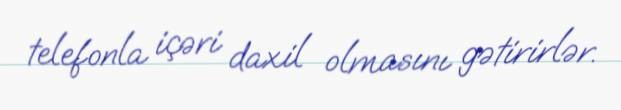
telefonla içəri daxil olmasını gətirirlər.